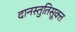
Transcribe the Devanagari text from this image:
दानस्तुतिसूक्त